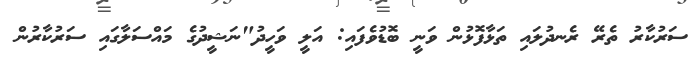
ސަރުކާރު ތެރޭ ރެނދުލައި ތަޅާފޮޅުން ވަނީ ބޮޑުވެފައި: އަލީ ވަހީދު"ނަޝީދުގެ މައްސަލާގައި ސަރުކާރުން